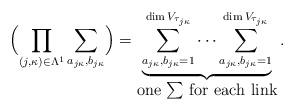
LaTeX: \begin{align*}\Bigl(\prod_{(j,\kappa)\in\Lambda^1}\sum_{a_{j\kappa},b_{j\kappa}}\Bigr) = \underbrace{\sum_{a_{j\kappa},b_{j\kappa}=1}^{\dim V_{\tau_{j\kappa}}} \cdots\sum_{a_{j\kappa},b_{j\kappa}=1}^{\dim V_{\tau_{j\kappa}}}}_{ \mbox{one $\sum$ for each link}}.\end{align*}